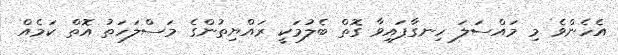
އެހެންވެ މި މައްސަލަ ހިނގާފައިވާ ގޮތް ބެލުމަކީ ރައްޔިތުންގެ މަސްލަހަތު އޮތް ކަމެއް